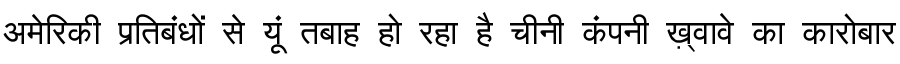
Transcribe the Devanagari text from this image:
अमेरिकी प्रतिबंधों से यूं तबाह हो रहा है चीनी कंपनी ख़्वावे का कारोबार